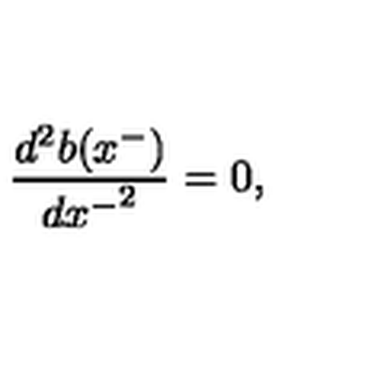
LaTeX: \frac { d ^ { 2 } b ( x ^ { - } ) } { { d x ^ { - } } ^ { 2 } } = 0 ,